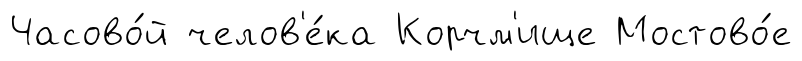
Часово́й челов'е́ка Корчм'ище Мостово́е